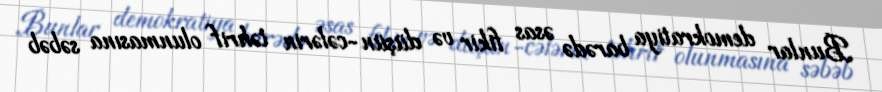
Bunlar demokratiya barədə əsas fikir və düşün-cələrin təhrif olunmasına səbəb